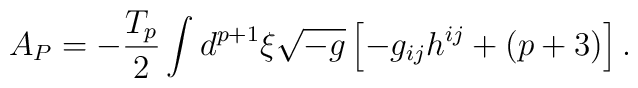
A_{P}=-\frac{T_p}{2}\int d^{p+1}{\xi}\sqrt{-g}\left[-g_{ij}h^{ij}+(p+3)\right].